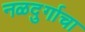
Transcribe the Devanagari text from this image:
नळदुर्गाचा